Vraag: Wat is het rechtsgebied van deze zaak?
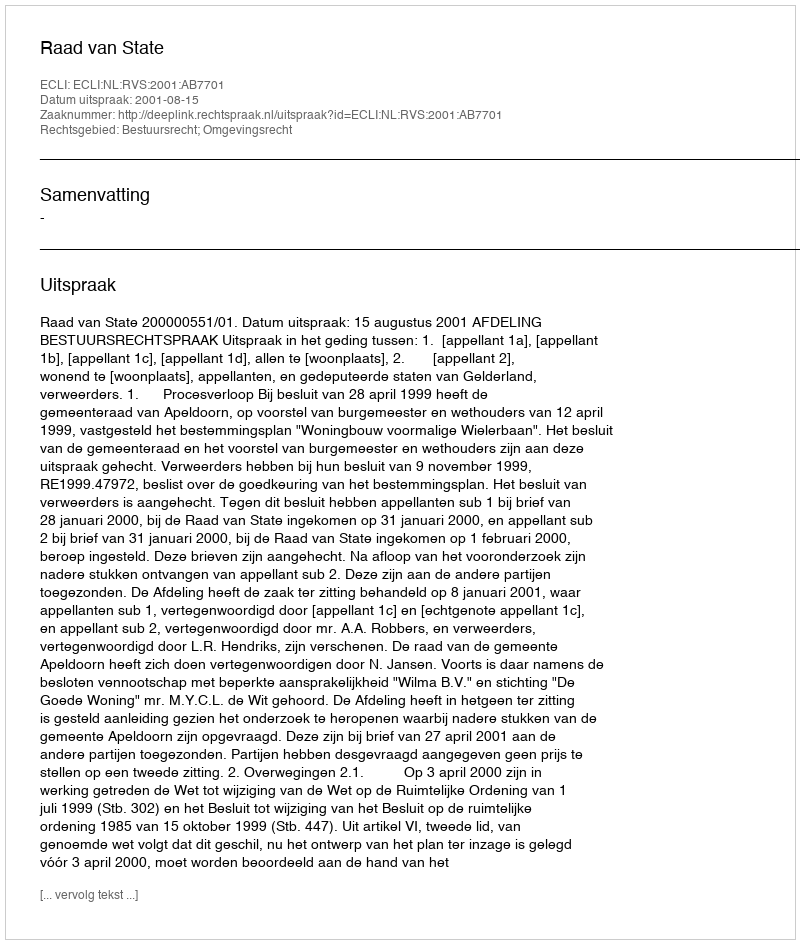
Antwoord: Bestuursrecht; Omgevingsrecht